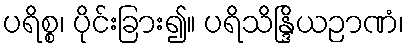
ပရိစ္စ၊ ပိုင်းခြား၍။ ပရိသိန္ဒြိယဉာဏံ၊